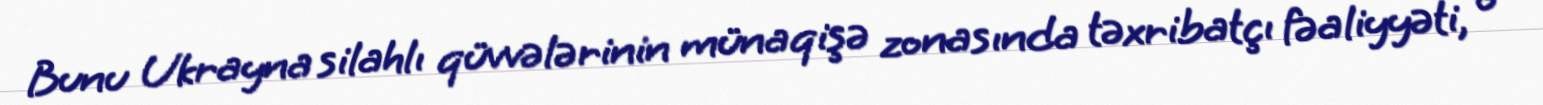
Bunu Ukrayna silahlı qüvvələrinin münaqişə zonasında təxribatçı fəaliyyəti, o